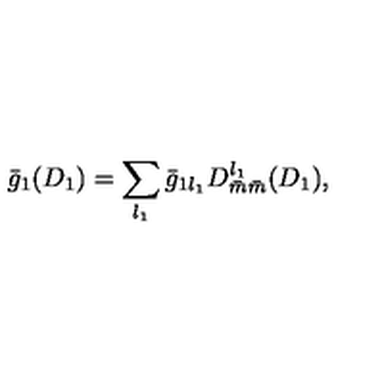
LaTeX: \bar { g } _ { 1 } ( D _ { 1 } ) = \sum _ { l _ { 1 } } \bar { g } _ { 1 l _ { 1 } } D _ { \bar { m } \bar { m } } ^ { l _ { 1 } } ( D _ { 1 } ) ,